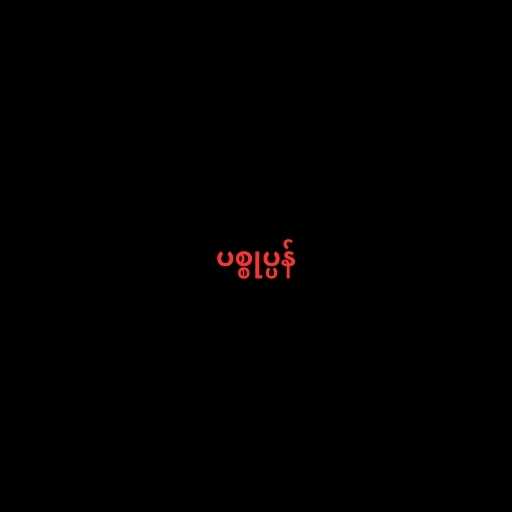
ပစ္စုပ္ပန်